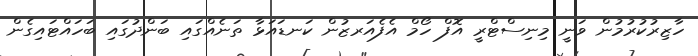
ހާޒިރުކުރުމުން ވަނީ މިނިސްޓްރީ އޮފް ހޯމް އެފެއަރޒުން ކަނޑައަޅާ ތަނެއްގައި ބަންދުގައި ބަހައްޓައިގެން